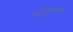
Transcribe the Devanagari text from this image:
अत्रेयांच्या